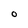
Character: o